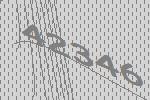
42346